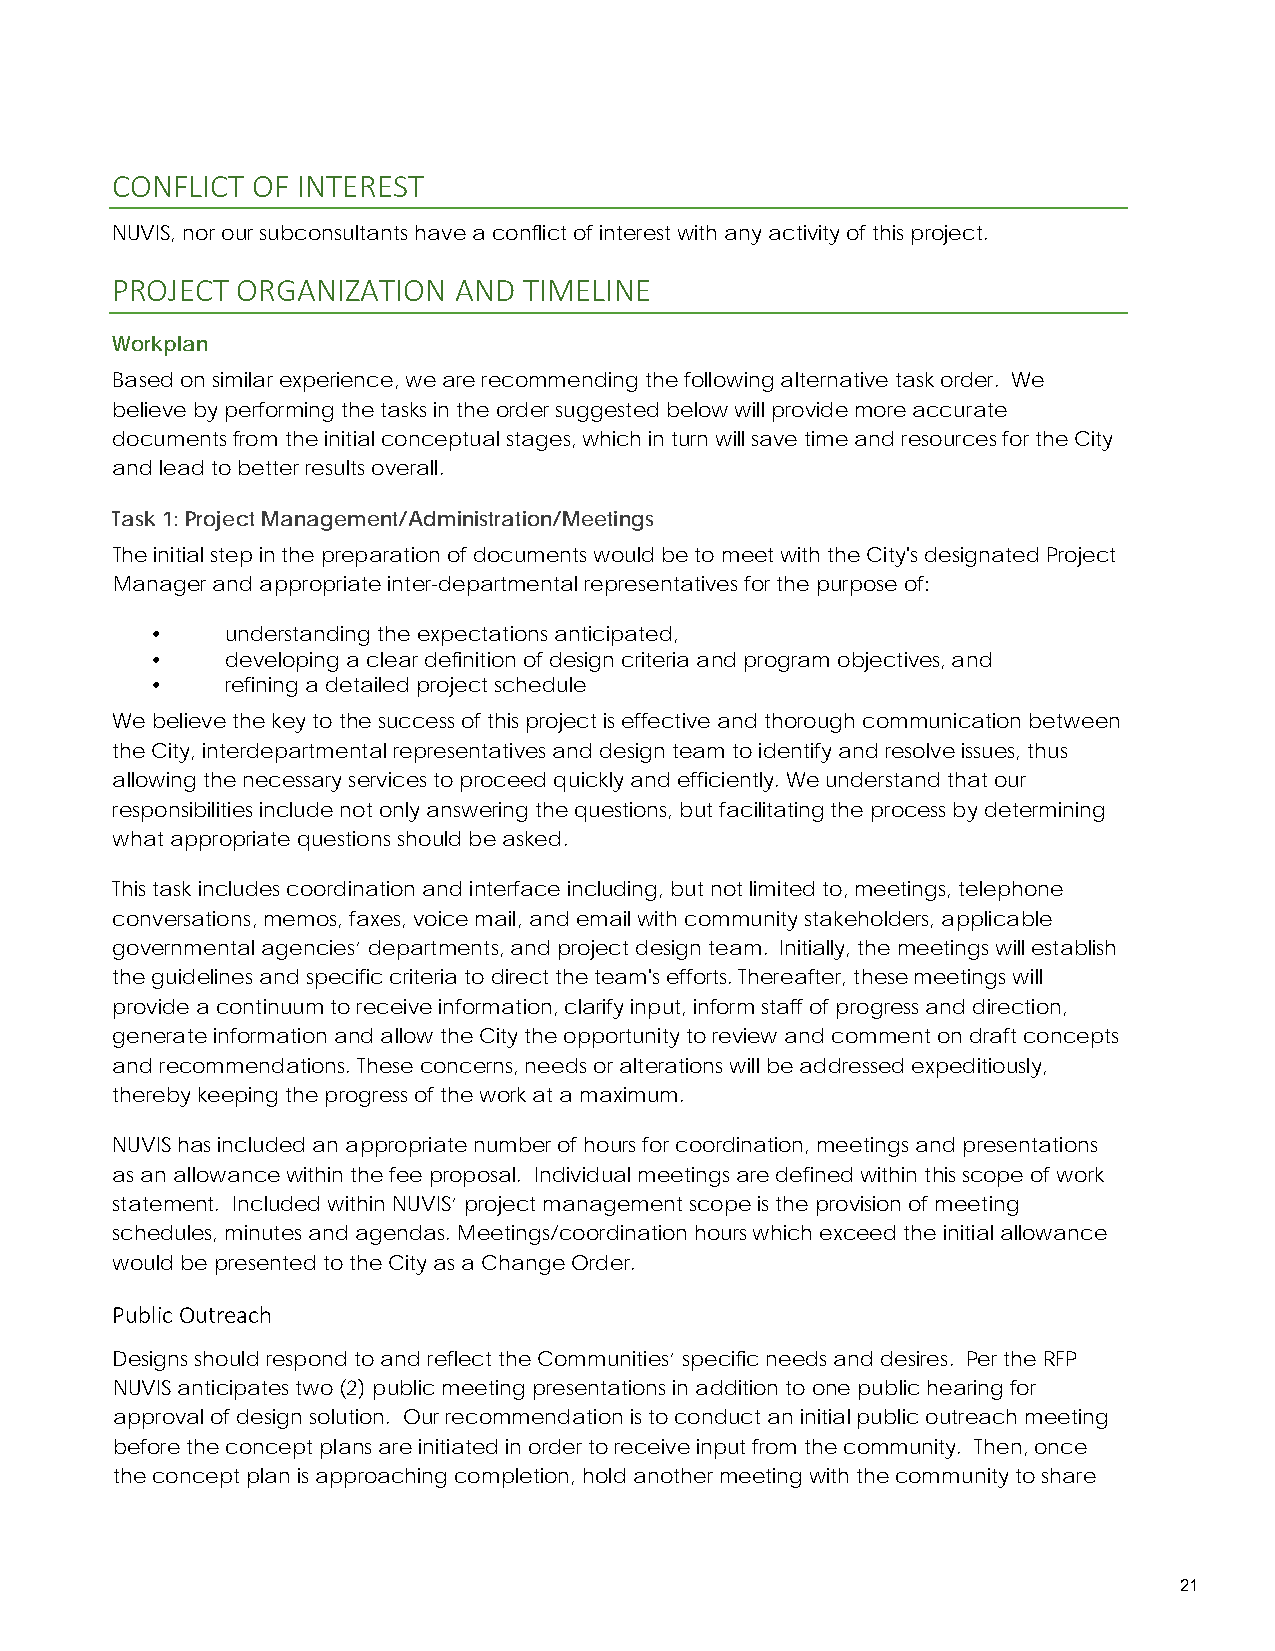
CONFLICT  OF INTEREST
 NUVIS, nor our subconsultants have a conflict of interest with any activity of this project.
 PROJECT  ORGANIZATION  AND  TIMELINE
 Workplan
 Based on similar experience, we are recommending the following alternative task order. We
 believe by performing the tasks in the order suggested below will provide more accurate
 documents from the initial conceptual stages, which in turn will save time and resources for the City
 and lead to better results overall.
 Task 1: Project Management/Administration/Meetings
 The initial step in the preparation of documents would be to meet with the City's designated Project
 Manager and appropriate inter-departmental representatives for the purpose of:
 •    understanding the expectations anticipated,
 •    developing a clear definition of design criteria and program objectives, and
 •    refining a detailed project schedule
 We believe the key to the success of this project is effective and thorough communication between
 the City, interdepartmental representatives and design team to identify and resolve issues, thus
 allowing the necessary services to proceed quickly and efficiently. We understand that our
 responsibilities include not only answering the questions, but facilitating the process by determining
 what appropriate questions should be asked.
 This task includes coordination and interface including, but not limited to, meetings, telephone
 conversations, memos, faxes, voice mail, and email with community stakeholders, applicable
 governmental agencies’ departments, and project design team. Initially, the meetings will establish
 the guidelines and specific criteria to direct the team's efforts. Thereafter, these meetings will
 provide a continuum to receive information, clarify input, inform staff of progress and direction,
 generate information and allow the City the opportunity to review and comment on draft concepts
 and recommendations. These concerns, needs or alterations will be addressed expeditiously,
 thereby keeping the progress of the work at a maximum.
 NUVIS has included an appropriate number of hours for coordination, meetings and presentations
 as an allowance within the fee proposal. Individual meetings are defined within this scope of work
 statement. Included within NUVIS’ project management scope is the provision of meeting
 schedules, minutes and agendas. Meetings/coordination hours which exceed the initial allowance
 would be presented to the City as a Change Order.
 Public Outreach
 Designs should respond to and reflect the Communities’ specific needs and desires. Per the RFP
 NUVIS anticipates two (2) public meeting presentations in addition to one public hearing for
 approval of design solution. Our recommendation is to conduct an initial public outreach meeting
 before the concept plans are initiated in order to receive input from the community. Then, once
 the concept plan is approaching completion, hold another meeting with the community to share
 21